Vaccination North-Western Provinces and Oudh 1878-1895 - 1878-1895
Year: 1878
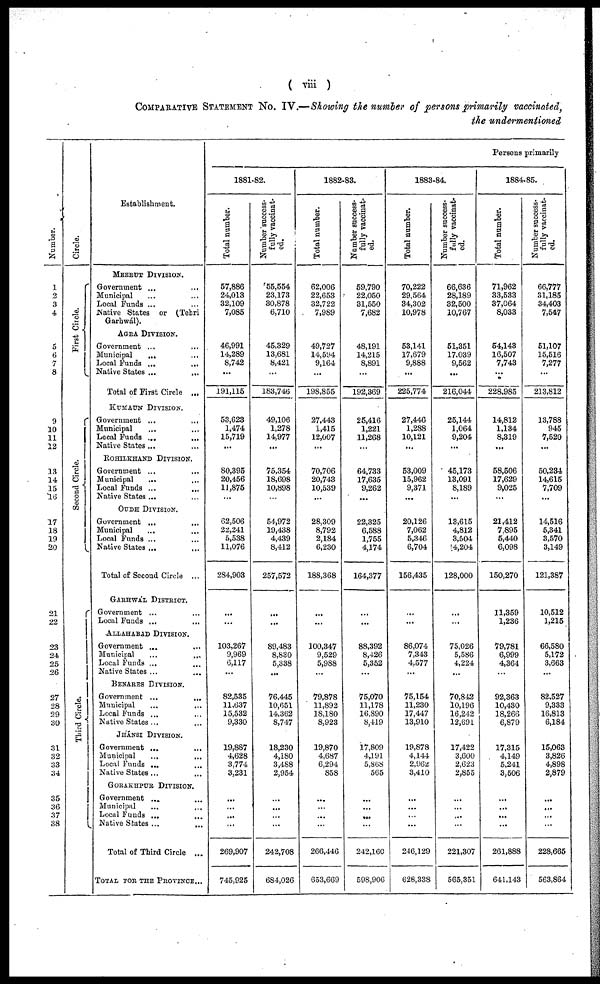
( viii )
COMPARATIVE STATEMENT No. IV.—Showing the number of persons primarily vaccinated,
the undermentioned
Number.
1
2
3
4
5
6
7
8
9
10
11
12
13
14
15
16
17
18
19
20
21
22
23
24
25
26
27
28
29
30
31
32
33
34
35
36
37
38
Circle.
First Circle.
Second Ci r cl e.
Thi r d Circle.
Establishment.
MEERUT DIVISION.
Government ...
...
Municipal ... ...
Local Funds ... ...
Native States or (Tehri
Garhwál).
AGRA DIVISION.
Government ... ...
Municipal ... ...
Local Funds ... ...
Native States ...
...
Total of First Circle ...
KUMAUN DIVISION.
Government ...
...
Municipal ... ...
Local Funds ... ...
Native States ... ...
ROHILKHAND DIVISION.
Government ...
...
Municipal ... ...
Local Funds ...
Native States ... ...
OUDH DIVISION.
Government ... ...
Municipal ... ...
Local Funds ... ...
Native States ... ...
Total of Second Circle ...
GARHWÁL DISTRICT.
Government ... ...
Local Funds ... ...
Allahabad Division.
Government ... ...
Municipal ... ...
Local Funds ... ...
Native States ... ...
BENARES DIVISION.
Government ...
...
Municipal ... ...
Local Funds ... ...
Native States ... ...
JHÁNSI DIVISION.
Government ... ...
Municipal
...
...
Local Funds ... ...
Native States ... ...
GORAKHPUR DIVISION.
Government ... ...
Municipal ... ...
Local Funds ... ...
Native States ...
...
Total of Third Circle ...
TOTAL FOR THE PROVINCE ...
Persons primarily
1881-82.
Total number.
57,886
24,013
32,109
7,085
46,991
14,289
8,742
...
191,115
53,623
1,474
15,719
...
80,395
20,456
11,875
...
62,506
22,241
5,538
11,076
284,903
...
...
103,267
9,969
6,117
...
82,535
11,637
15,532
9,330
19,887
4,628
3,774
3,231
...
...
...
...
269,907
745,925
Number success-
fully vaccinat-
ed.
55,554
23,173
30,878
6,710
45,329
13,681
8,421
183,746
49,106
1,278
14,977
...
75,354
18,698
10,898
54,972
19,438
4,439
8,412
257,572
...
...
89,483
8,830
5,338
...
76,445
10,651
14,362
8,747
18,230
4,180
3,488
2,954
...
...
...
...
242,708
684,026
1882-83.
Total number.
62,006
22,653
32,722
7,989
49,727
14,594
9,164
...
198,855
27,443
1,415
12,007
...
70,706
20,743
10,539
...
28,309
8,792
2,184
6,230
188,368
...
...
100,347
9,529
5,988
...
79,878
11,892
18,180
8,923
19,870
4,687
6,294
858
...
...
...
...
266,446
653,669
Number success-
fully vaccinat-
ed.
59,790
22,050
31,550
7,682
48,191
14,215
8,891
...
192,369
25,416
1,221
11,268
...
64,733
17,635
9,262
...
22,325
6,588
1,755
4,174
164,377
...
...
88,392
8,426
5,352
...
75,070
11,178
16,890
8,419
17,809
4,191
5,868
565
...
...
...
...
242,160
598,906
1883-84.
Total number.
70,222
29,564
34,302
10,978
53,141
17,679
9,888
...
225,774
27,446
1,288
10,121
...
53,009
15,962
9,371
...
20,126
7,062
5,346
6,704
156,435
...
...
86,074
7,343
4,577
...
75,154
11,230
17,447
13,910
19,878
4,144
2,962
3,410
...
...
...
...
246,129
628,338
Number success-
fully vaccinat-
ed.
66,636
28,189
32,500
10,767
51,351
17,039
9,562
...
216,044
25,144
1,064
9,204
...
45,173
13,091
8,189
...
13,615
4,812
3,504
14,204
128,000
...
...
75,026
5,586
4,224
...
70,842
10,196
16,242
12,691
17,422
3,600
2,623
2,855
...
...
...
...
221,307
565,351
1884-85.
Total number.
71,962
33,533
37,064
8,033
54,143
16,507
7,743
...
228,985
14,812
1,134
8,319
...
58,506
17,629
9,025
...
21,412
7,895
5,440
6,098
150,270
11,359
1,236
79,781
6,999
4,364
...
92,363
10,430
18,266
6,879
17,315
4,149
5,241
3,506
...
...
...
...
261,888
641,143
Number success-
fully vaccinat-
ed.
66,777
31,185
34,403
7,547
51,107
15,516
7,277
...
213,812
13,788
945
7,520
50,234
14,615
7,709
...
14,516
5,341
3,570
3,149
121,387
10,512
1,215
66,580
5,172
3,663
...
82,527
9,333
16,813
6,184
15,063
3,826
4,898
2,879
...
...
...
...
228,665
563,864